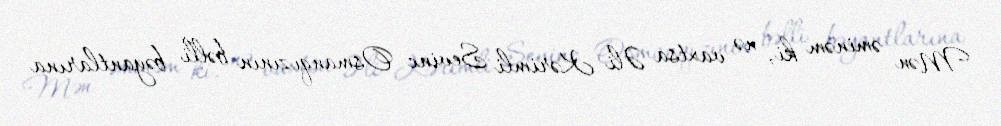
Mən əminəm ki, nə vaxtsa Əli Kərimli Sevinc Osmanqızının bəlli bəyantlarına